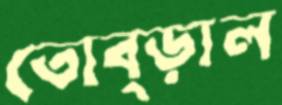
তোব্‌ড়াল